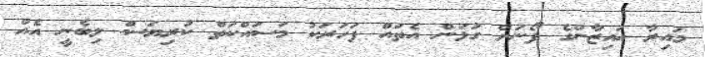
މައިރާ އައިޒާންގެ ފޯނަށް ގުޅަން އެތައް ފަހަރަކު މަސައްކަތް ކުރިޔަސް ލިބެނީ އެއް